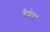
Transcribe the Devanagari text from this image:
डैमेस्ट